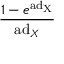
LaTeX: \frac { 1 - e ^ { \mathrm { a d _ { X } } } } { \mathrm { a d } _ { X } }